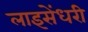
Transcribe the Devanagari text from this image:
लाइसेंधरी